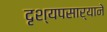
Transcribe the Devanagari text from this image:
दृश्यपसार्‍याने